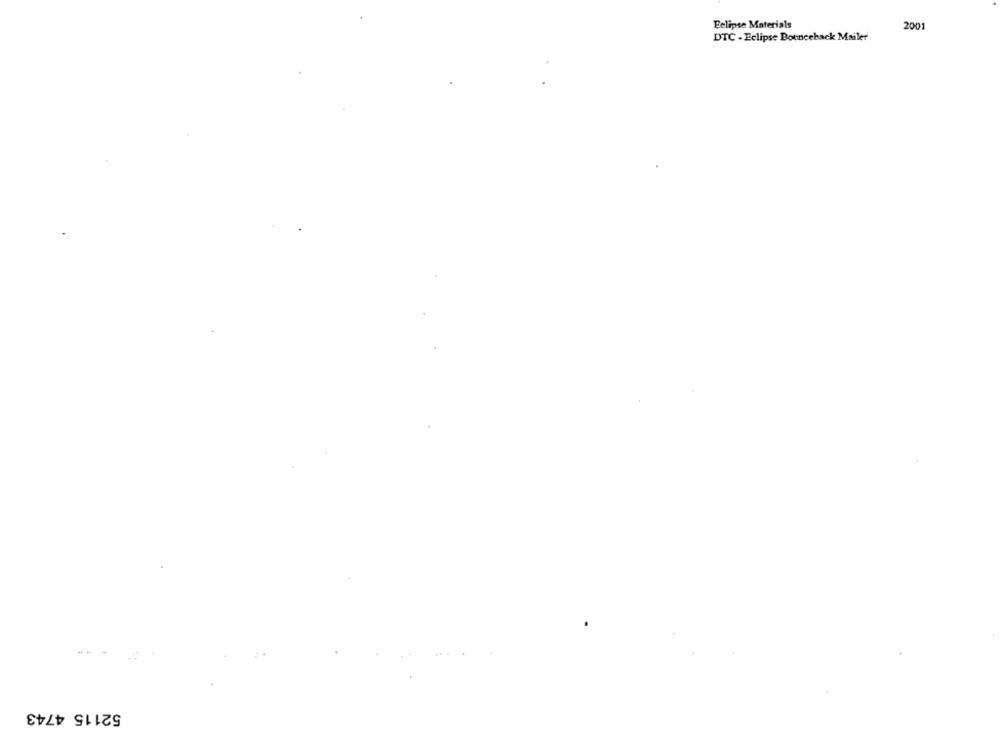
Eclipse Materials
2001
DTC - Eclipse Bounceback Mailer
52115 4743